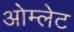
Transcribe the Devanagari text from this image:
ओम्लेट